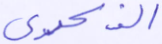
الذكرى